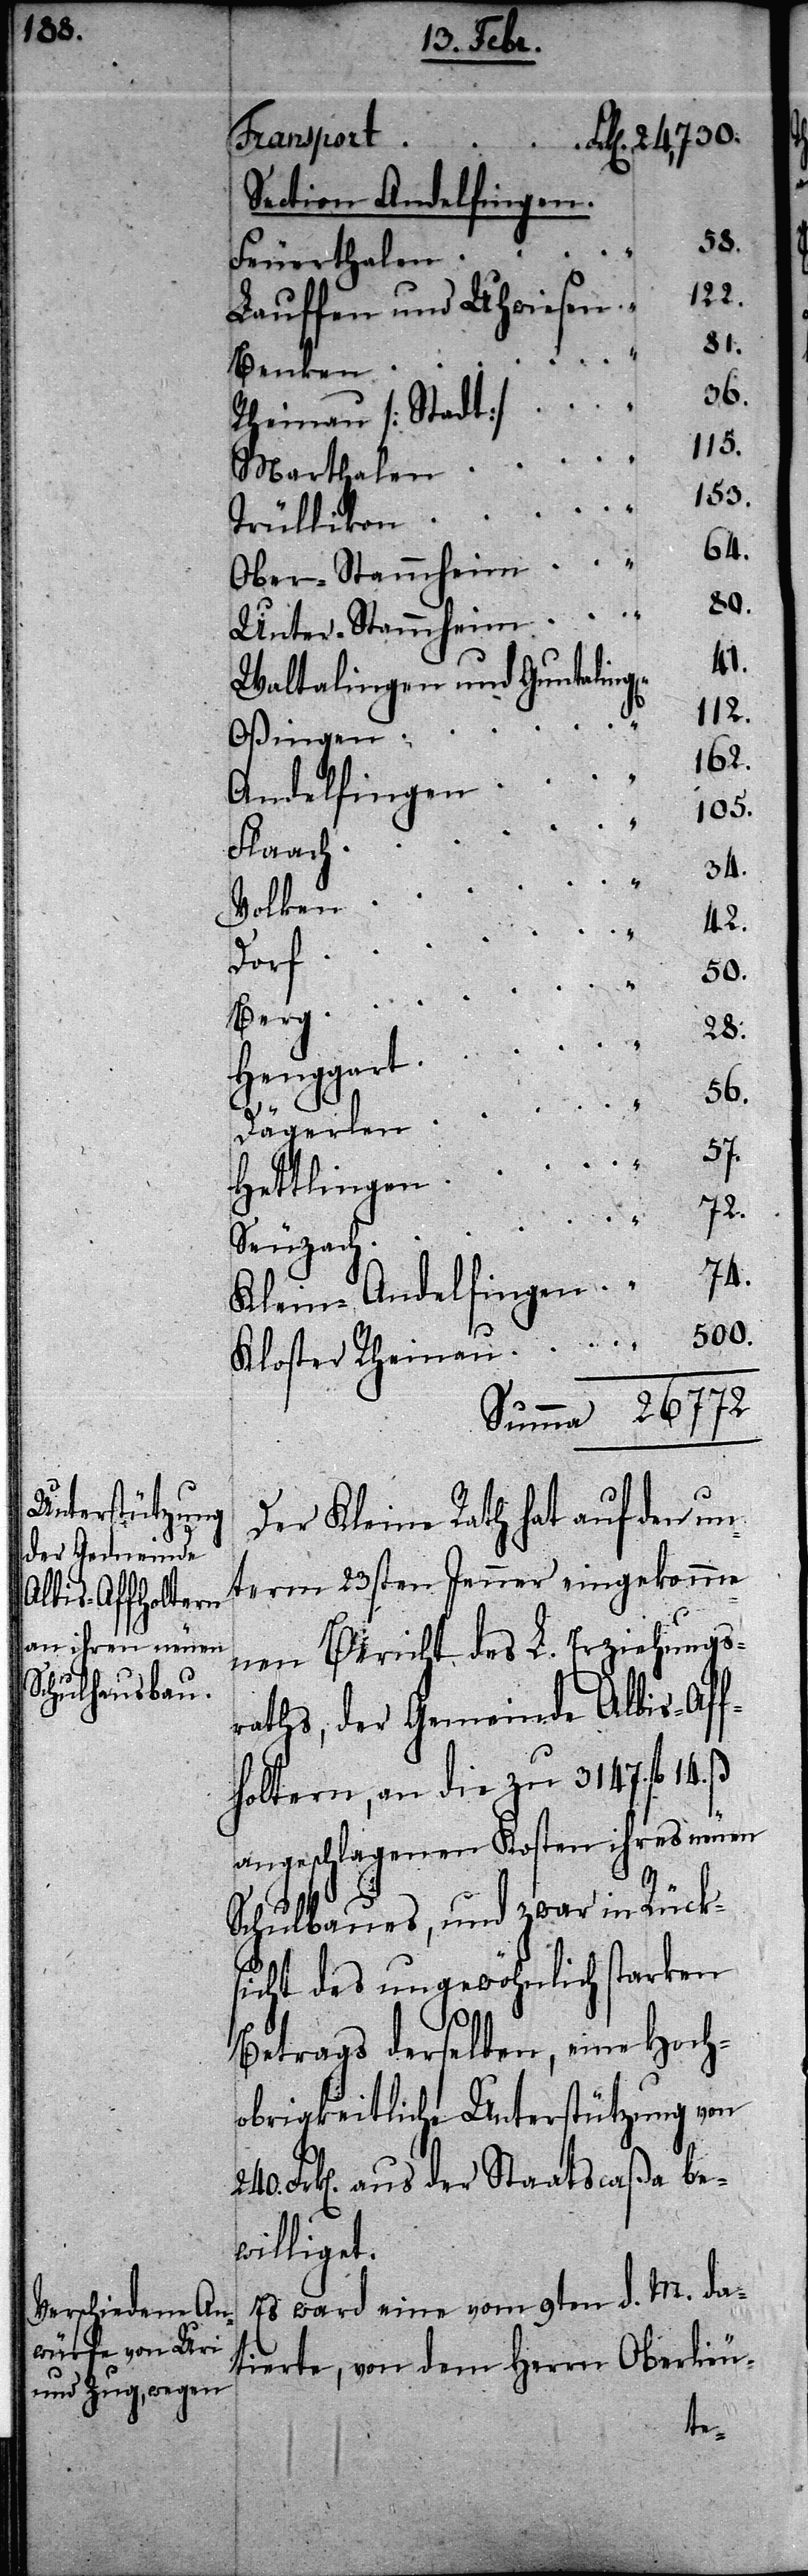
Transport
Section Andelfingen.
Feuerthalen
122.
Lauffen und Uhwiesen
Benken
36.
Rheinau [Stadt]
115.
Marthalen
153.
Trüllikon
Ober-Stammheim
240.
Unter-Stammheim
41.
Waltalingen und Guntalingen
Oßingen
162.
Andelfingen
105.
Flaach
34.
Volken
42.
Dorf
500.
Berg
28.
Henggart
56.
Dägerlen
57.
Hettlingen
72.
Seuzach
74.
Klein-Andelfingen
Der Kleine Rath hat auf den un¬
term 23sten Jenner eingekomme¬
nen Bericht des L. Erziehungs¬
raths, der Gemeinde Albis-Aff¬
holtern, an die zu 3147. fl 14.
angeschlagenen Kosten ihres neuen
Schulbaues, und zwar in Rück¬
sicht des ungewöhnlich starken
Betrags derselben, eine Hoch¬
obrigkeitliche Unterstützung von
Frk[en]. aus der Staatscaßa be¬
williget.
Es ward eine vom 9ten d. M. da¬
tirte, von dem Herrn Oberlieu-